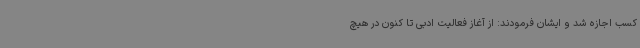
کسب اجازه شد و ایشان فرمودند: از آغاز فعالیت ادبی تا کنون در هیچ